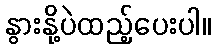
နွားနို့ပဲထည့်ပေးပါ။